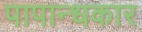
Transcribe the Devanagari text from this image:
पापान्धकार